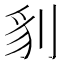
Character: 𭃤